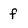
Character: f